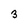
Character: 3